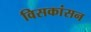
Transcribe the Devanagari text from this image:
विसकांसन